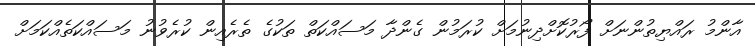
އާންމު ރައްޔިތުންނަށް ފޯރުކޮށްދިނުމަށް ކުރަމުން ގެންދާ މަސައްކަތް ތަކުގެ ތެރެއިން ކުރެވުނު މަސައްކަތެއްކަމަށް